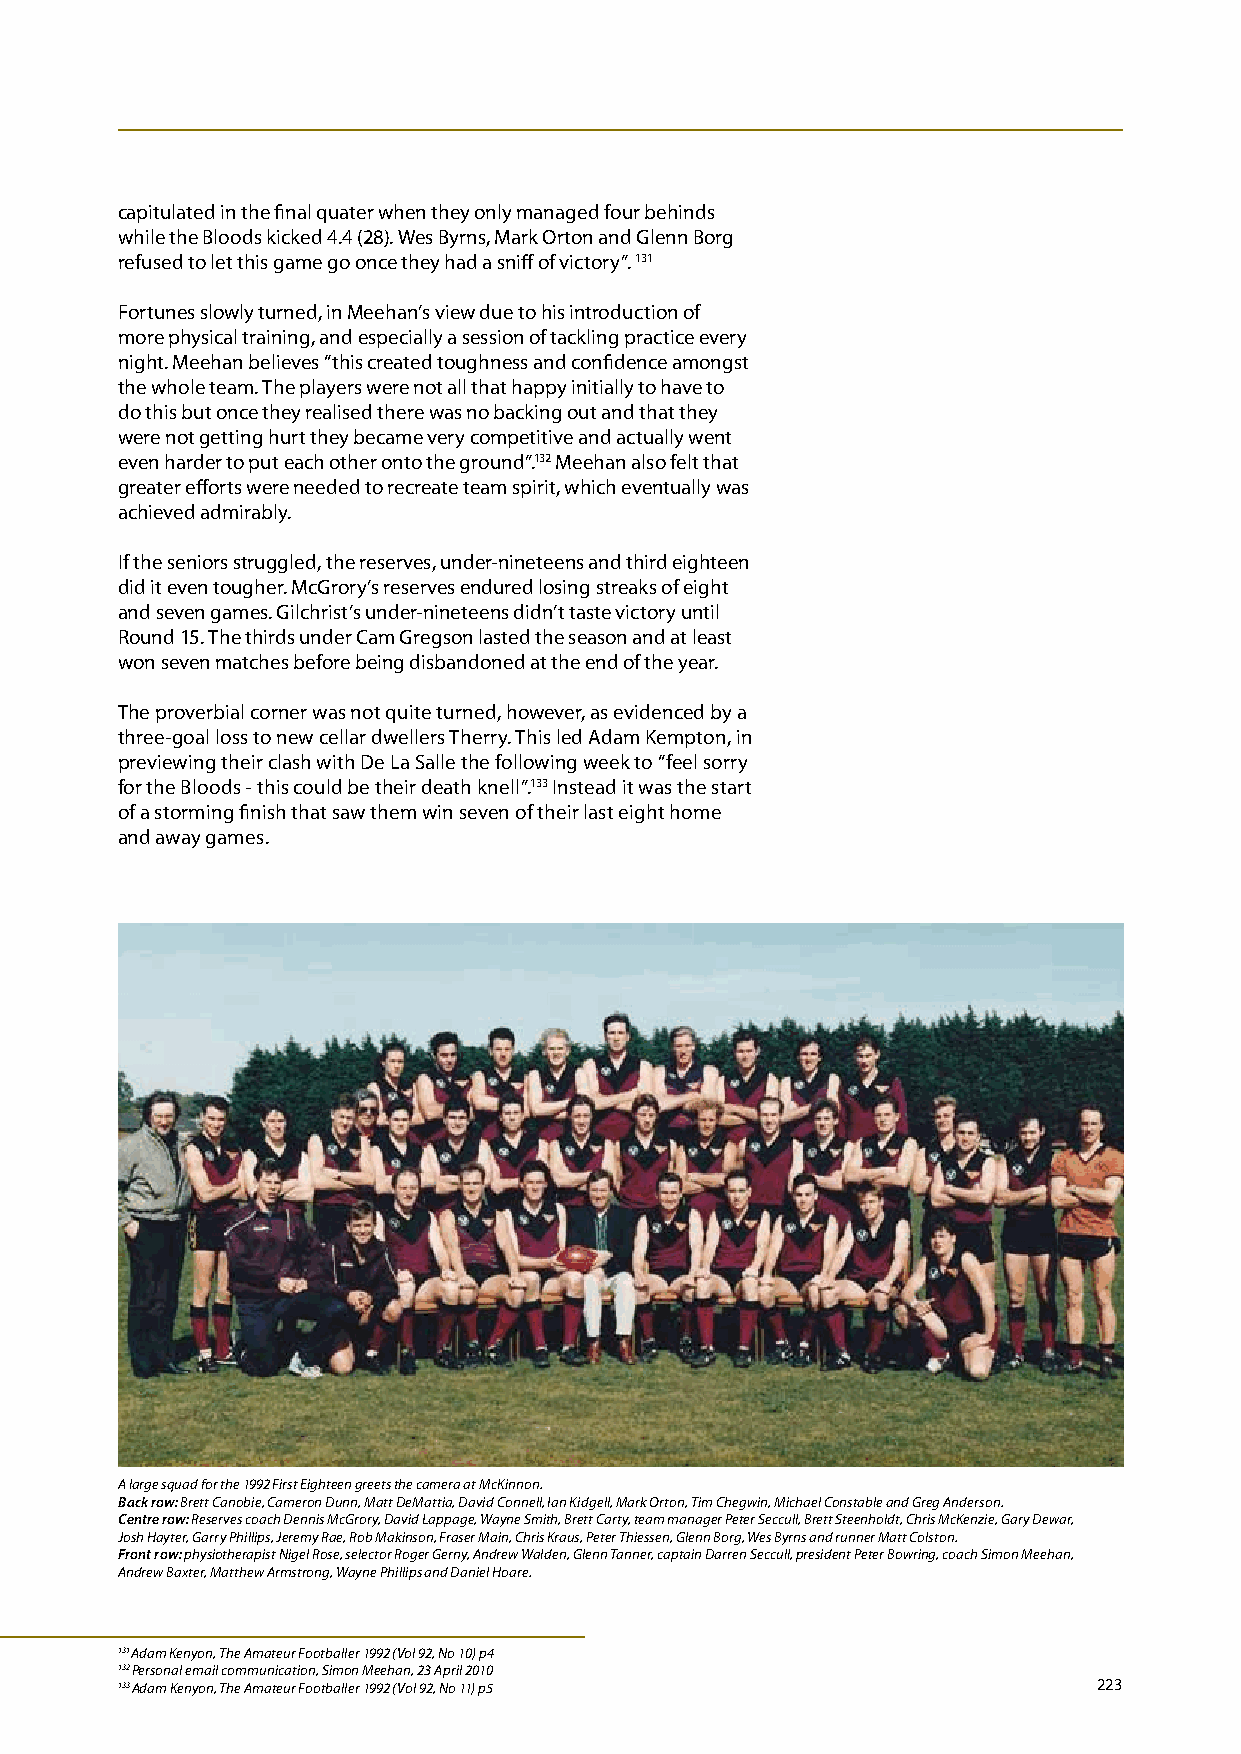
capitulated in the final quater when they only managed four behinds
 while the Bloods kicked 4.4 (28). Wes Byrns, Mark Orton and Glenn Borg
 refused to let this game go once they had a sniff of victory”. 131
 Fortunes slowly turned, in Meehan’s view due to his introduction of
 more physical training, and especially a session of tackling practice every
 night. Meehan believes “this created toughness and confidence amongst
 the whole team. The players were not all that happy initially to have to
 do this but once they realised there was no backing out and that they
 were not getting hurt they became very competitive and actually went
 even harder to put each other onto the ground”.132 Meehan also felt that
 greater efforts were needed to recreate team spirit, which eventually was
 achieved admirably.
 If the seniors struggled, the reserves, under-nineteens and third eighteen
 did it even tougher. McGrory’s reserves endured losing streaks of eight
 and seven games. Gilchrist’s under-nineteens didn’t taste victory until
 Round 15. The thirds under Cam Gregson lasted the season and at least
 won seven matches before being disbandoned at the end of the year.
 The proverbial corner was not quite turned, however, as evidenced by a
 three-goal loss to new cellar dwellers Therry. This led Adam Kempton, in
 previewing their clash with De La Salle the following week to “feel sorry
 for the Bloods - this could be their death knell”.133 Instead it was the start
 of a storming finish that saw them win seven of their last eight home
 and away games.
 A large squad for the 1992 First Eighteen greets the camera at McKinnon.
 Back row: Brett Canobie, Cameron Dunn, Matt DeMattia, David Connell, Ian Kidgell, Mark Orton, Tim Chegwin, Michael Constable and Greg Anderson.
 Centre row: Reserves coach Dennis McGrory, David Lappage, Wayne Smith, Brett Carty, team manager Peter Seccull, Brett Steenholdt, Chris McKenzie, Gary Dewar,
 Josh Hayter, Garry Phillips, Jeremy Rae, Rob Makinson, Fraser Main, Chris Kraus, Peter Thiessen, Glenn Borg, Wes Byrns and runner Matt Colston.
 Front row: physiotherapist Nigel Rose, selector Roger Gerny, Andrew Walden, Glenn Tanner, captain Darren Seccull, president Peter Bowring, coach Simon Meehan,
 Andrew Baxter, Matthew Armstrong, Wayne Phillips and Daniel Hoare.
 131 Adam Kenyon, The Amateur Footballer 1992 (Vol 92, No 10) p4
 132 Personal email communication, Simon Meehan, 23 April 2010
 133 Adam Kenyon, The Amateur Footballer 1992 (Vol 92, No 11) p5  223